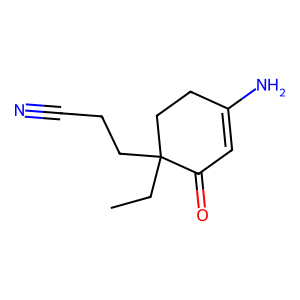
SMILES: CCC1(CCC#N)CCC(N)=CC1=O
Inhibits HIV replication: No